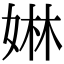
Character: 㛦